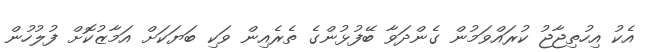
އެކު އިހުތިޖާޖު ކުރައްވަމުން ގެންދަވާ ބޭފުޅުންގެ ތެރެއިން ވަކި ބަޔަކަށް އަމާޒުކޮށް ފުލުހުން